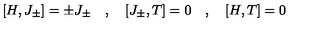
[ H , J _ { \pm } ] = \pm J _ { \pm } \quad , \quad [ J _ { \pm } , T ] = 0 \quad , \quad [ H , T ] = 0